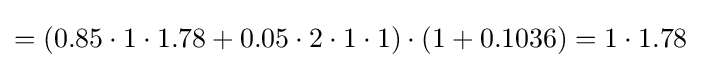
=(0.85\cdot 1\cdot 1.78+0.05\cdot 2\cdot 1\cdot 1)\cdot (1+0.1036)=1\cdot 1.78